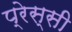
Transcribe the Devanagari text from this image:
प्रेस्सी